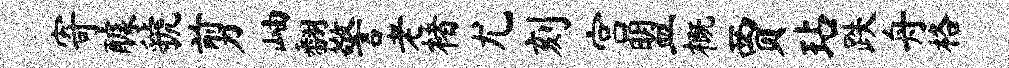
寄醵虢剪岫翻警老楮尤刻宫盟概贾玷跌舟格